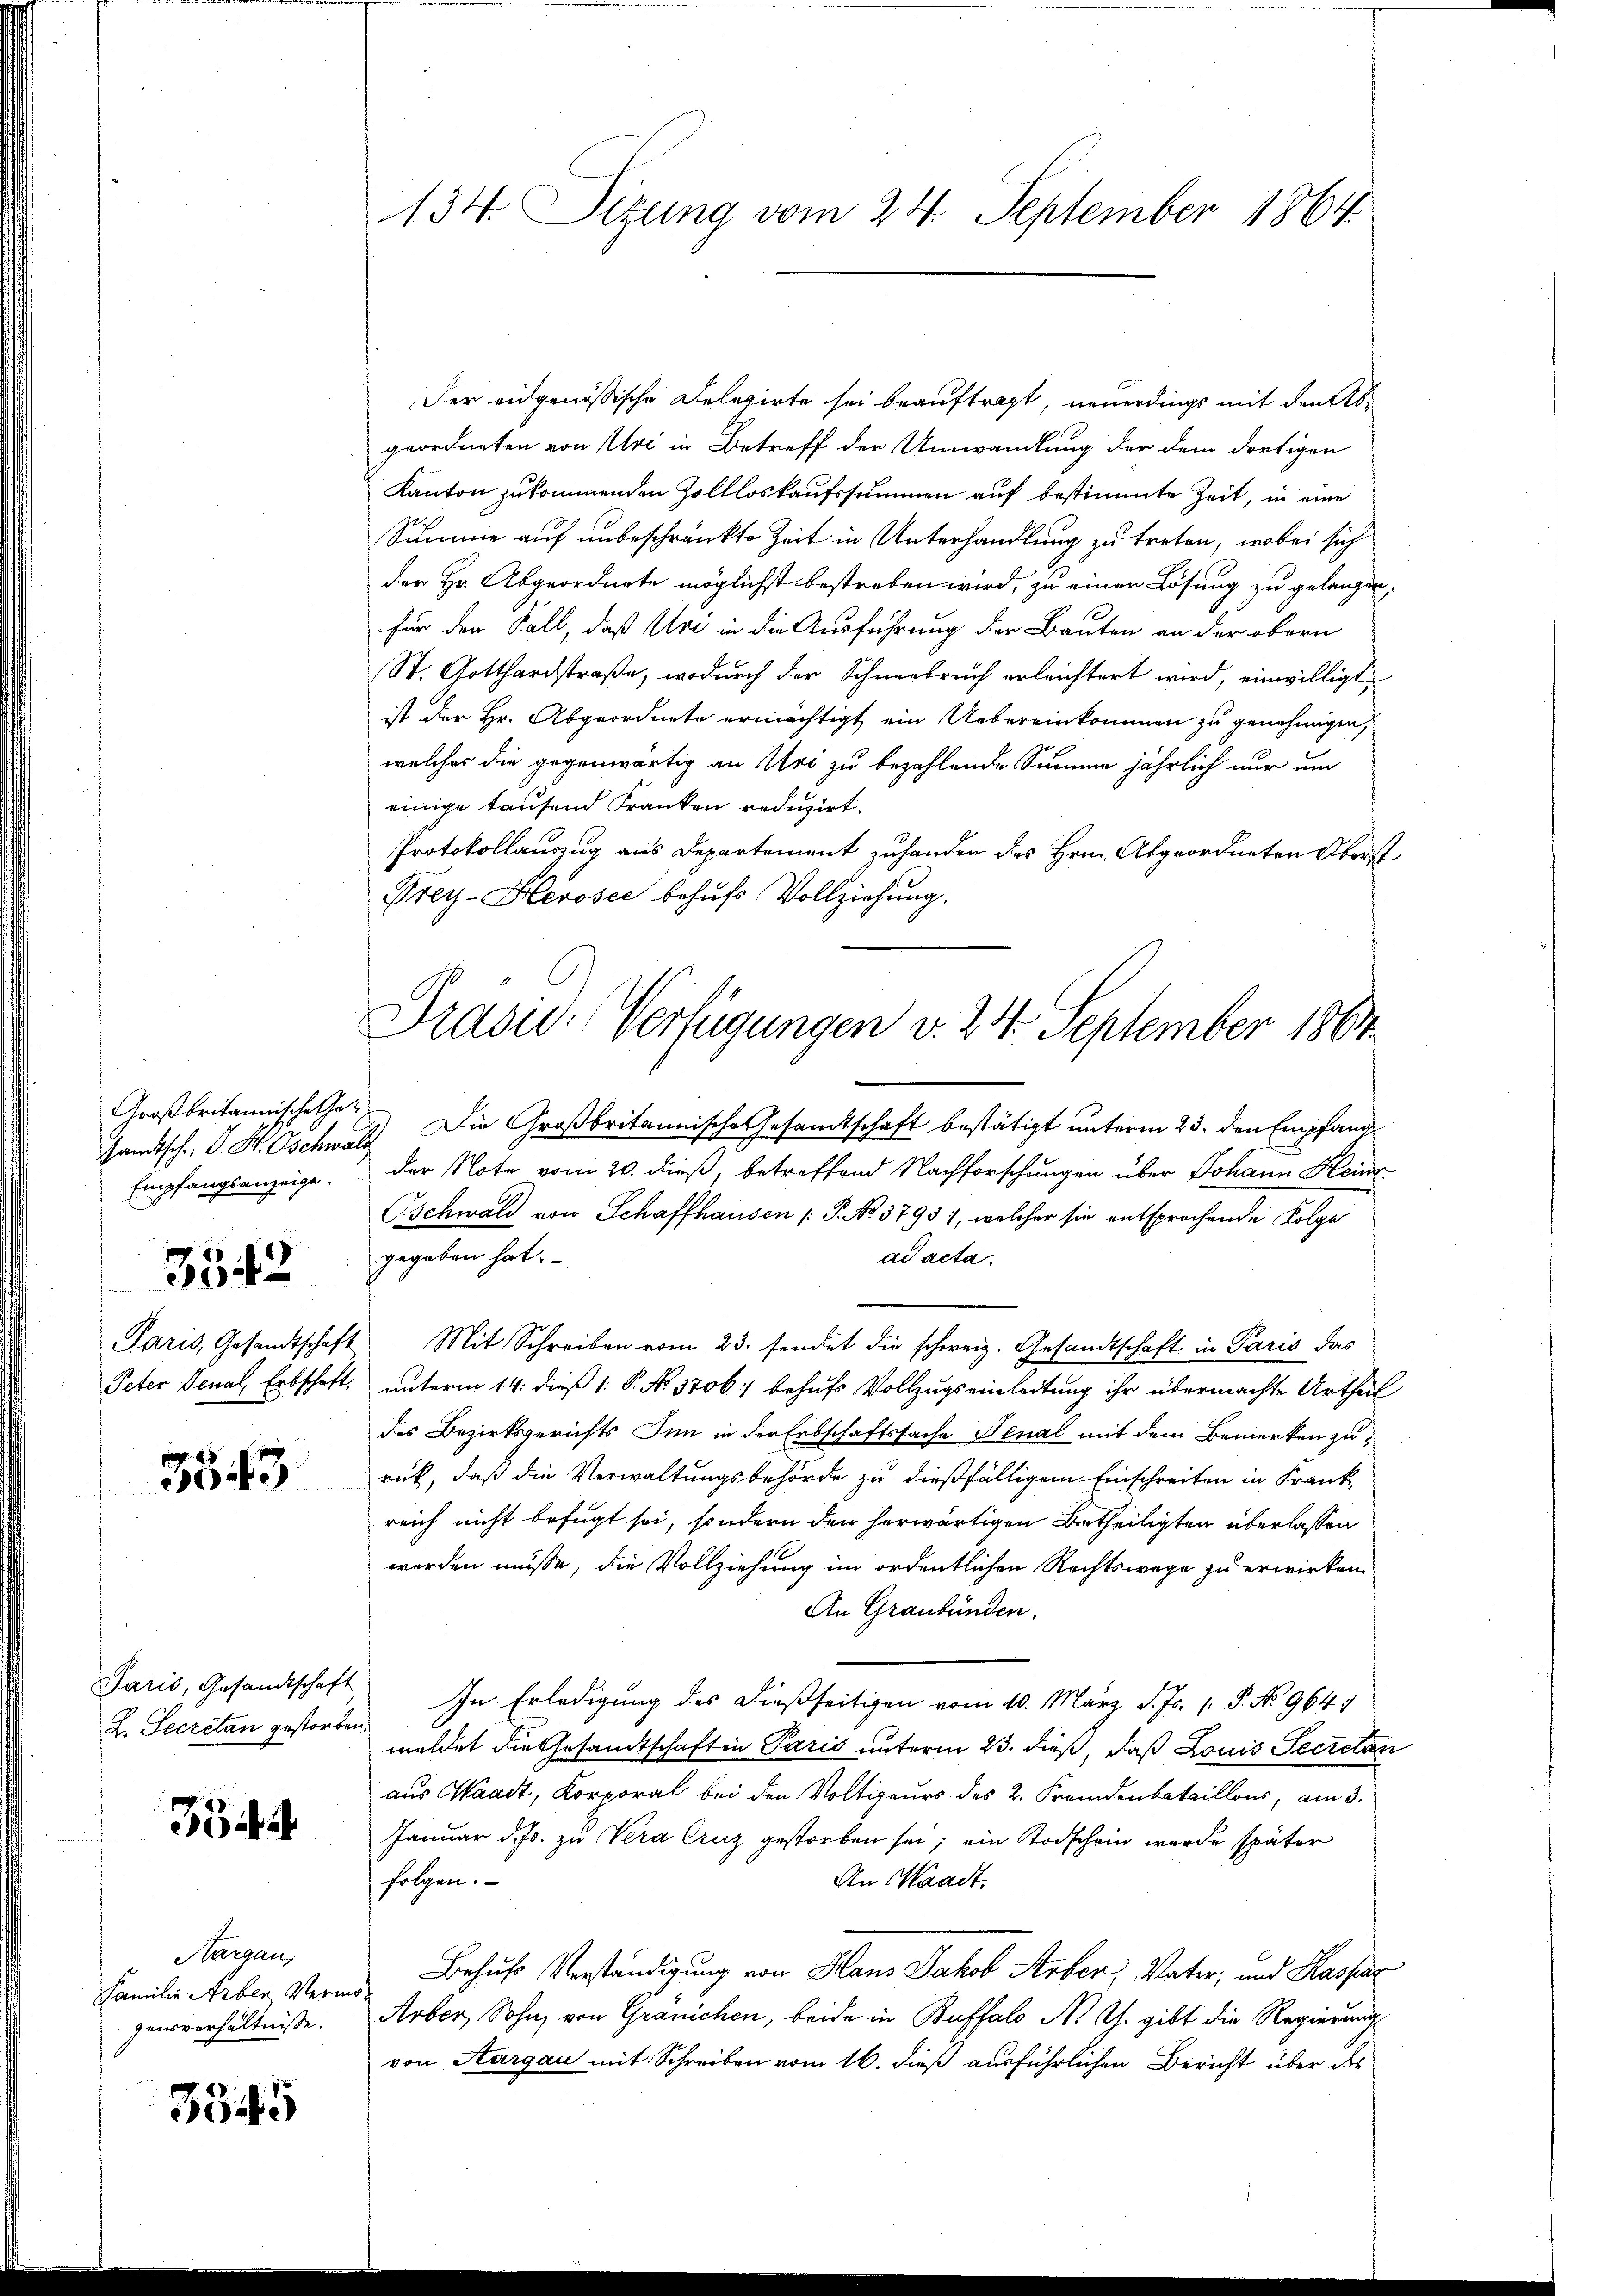
Großbritannische Gesandtsch., S. St. Oschwal
Empfangsanzeige.
3542
Paris, Gesandtschaft
Peter denal, Erbschaft,

3543

Paris, Gesandtschaft
2. Secretan gestorben.

35

Hargau,
Familie Arbei Verm
gensverhältnisse.

3545

134. Sizung vom 24. September 1864

Der eidgenössische Delegirte sei beauftragt, neuerdings mit den Abgeordneten von Uri in Betreff der Umwandlung der dem dortigen
Kanton zukommenden Zoltloskaufssummen auf bestimmte Zeit, in eine
Summe auf unbeschränkte Zeit in Unterhandlung zu treten, wobei sich
der Hr. Abgeordnete möglichst bestreben wird, zu einer Lösung zu gelangen,
Für den Fall, daß Uri in die Ausführung der Bauten an der obern
St. Gotthardstraße, wodurch der Schneebruch erleichtert wird, einwilligt
ist der Hr. Abgeordnete ermächtigt ein Uebereinkommen zu genehmigen,
welches die gegenwärtig an Uri zu bezahlende Summe jährlich nur um
einige tausend Franken reduzirt.
Protokollauszug aus Departement zuhanden des Hrn. Abgeordneten Oberst
Prey-Hevosee behufs Vollziehung.

Prasid-Verfügungen v. 24. September 1864.

) Die Großbritannische Gesamtschaft bestätigt unterm 23. den Empfang
der Note vom 20. dieß, betreffend Nachforschungen über Johann Heinr
Gschwald von Schaffhausen (S. No. 3793), welcher sie entsprechende Folge
gegeben hat.
ad acta.
Mit Schreiben vom 23. sendet die schweiz. Gesandtschaft in Paris das
unterm 14. dieß 1: P. No 1706 behufs Vollzugs einleitung ihr übermachte Urtheil
des Bezirksgerichts Inn in der Erbschaftssache Fenal mit dem Bemerken zurück, daß die Verwaltungsbehörde zu dießfälligem Einschreiten in Kranke
reich nicht befugt sei, sondern den herwärtigen Betheiligten überlassen
werden müsse, die Vollziehung im ordentlichen Rechtswege zu erwirken.
An Graubünden.
In Erledigung des dießseitigen vom 10. März d. Js. [ P. No 964.
meldet die Gesandtschaft in Paris unterm 23. dieß, daß Louis Secretan
aus Waadt, Korporal bei den Voltigeurs des 2. Fremdenbataillons, am 3.
Januar d. Js. zu Vera Cruz gestorben sei; ein Todschein werde später
folgen.
An Waadt.
Behufs Verständigung von Haus Jakob Arber, Vater, und Kaspar
Arber, Sohn, von Granchen, beide in Buffalo N. Ch. gibt die Regierung
von Aargau mit Schreiben vom 16. dieß ausführlichen Bericht über der